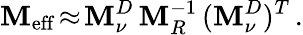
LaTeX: \mathbf{M}_{\mathrm{{eff}}}\! \approx\! \mathbf{M}_{\nu}^{D}\, \mathbf{M}_{R}^{-1}\, (\mathbf{M}_{\nu}^{D})^{T}\, .